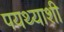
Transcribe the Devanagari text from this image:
पयथ्याशी